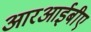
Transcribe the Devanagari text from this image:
आरआईबीए